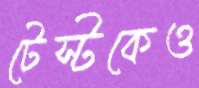
টেস্টকেও